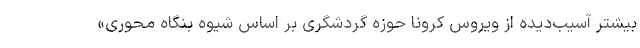
بیشتر آسیب‌دیده از ویروس کرونا حوزه گردشگری بر اساس شیوه بنگاه محوری»